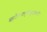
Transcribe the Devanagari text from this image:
ब्रह्मदैवत्यामृग्वेदमुदाहरन्तीं